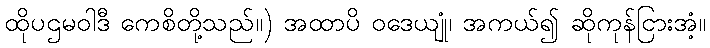
ထိုပဌမဝါဒီ ကေစိတို့သည်။) အထာပိ ဝဒေယျုံ၊ အကယ်၍ ဆိုကုန်ငြားအံ့။